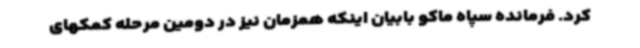
کرد. فرمانده سپاه ماکو بابیان اینکه همزمان نیز در دومین مرحله کمکهای